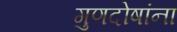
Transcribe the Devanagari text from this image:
गुणदोषांना